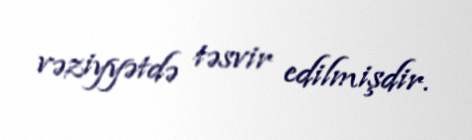
vəziyyətdə təsvir edilmişdir.